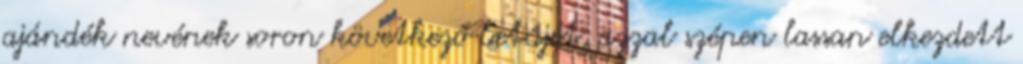
ajándék nevének soron következő betűjét, azzal szépen lassan elkezdett